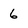
Character: 6